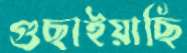
গুছাইয়াছি